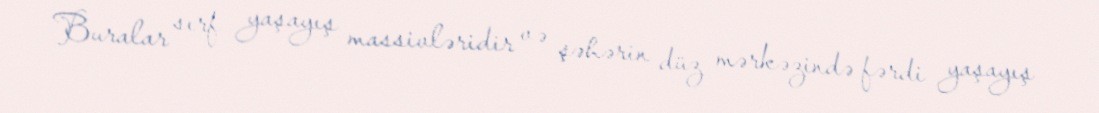
Buralar sırf yaşayış massivləridir və şəhərin düz mərkəzində fərdi yaşayış